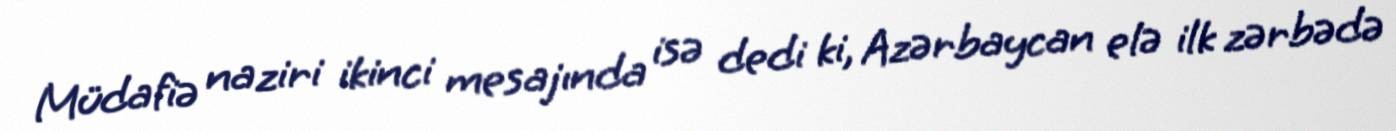
Müdafiə naziri ikinci mesajında isə dedi ki, Azərbaycan elə ilk zərbədə